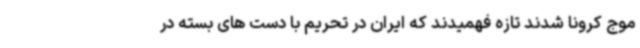
موج کرونا شدند تازه فهمیدند که ایران در تحریم با دست‌ های بسته در